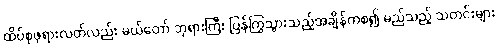
ထိပ်စုဖုရားလတ်လည်း မယ်တော် ဘုရားကြီး ပြန်ကြွသွားသည့်အချိန်ကစ၍ မည်သည့် သတင်းများ